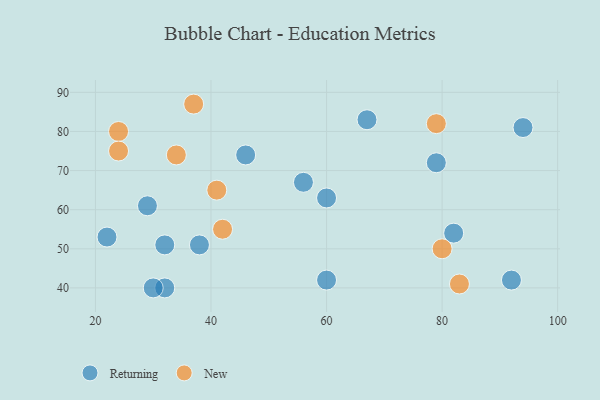
{"axis": {"x": "GDP", "y": "Life Expectancy"}, "legend": ["New", "Returning"], "data": [{"x": "56", "y": 67, "type": "Returning"}, {"x": "92", "y": 42, "type": "Returning"}, {"x": "32", "y": 40, "type": "Returning"}, {"x": "60", "y": 63, "type": "Returning"}, {"x": "82", "y": 54, "type": "Returning"}, {"x": "32", "y": 51, "type": "Returning"}, {"x": "29", "y": 61, "type": "Returning"}, {"x": "22", "y": 53, "type": "Returning"}, {"x": "60", "y": 42, "type": "Returning"}, {"x": "94", "y": 81, "type": "Returning"}, {"x": "46", "y": 74, "type": "Returning"}, {"x": "30", "y": 40, "type": "Returning"}, {"x": "67", "y": 83, "type": "Returning"}, {"x": "38", "y": 51, "type": "Returning"}, {"x": "79", "y": 72, "type": "Returning"}, {"x": "37", "y": 87, "type": "New"}, {"x": "79", "y": 82, "type": "New"}, {"x": "24", "y": 80, "type": "New"}, {"x": "24", "y": 75, "type": "New"}, {"x": "80", "y": 50, "type": "New"}, {"x": "42", "y": 55, "type": "New"}, {"x": "34", "y": 74, "type": "New"}, {"x": "83", "y": 41, "type": "New"}, {"x": "41", "y": 65, "type": "New"}]}